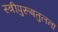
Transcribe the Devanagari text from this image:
स्त्रीपुरूषतुलना